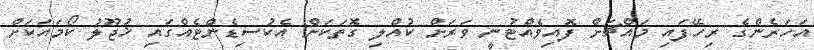
އަހަރެންގެ ރިހޭފައި މައްޗަށް ފޮއިވެއްޓުނީ ވަރަށް ކުއްލި ގޮތަކަށް އެކުސިޑެންޓެއްގައި ޚުޖޫލު ކޯމައަކަށް